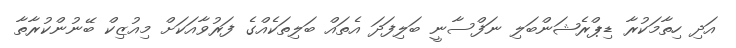
އަދި ހިތާމަކުރާ ޑިޕްރެޝަންބަލި ނަފްސާނީ ބަލިފަދަ އެތައް ބަލިތަކެއްގެ ފަރުވާއަކަށް މިއުޒިކް ބޭނުންކުރާތާ